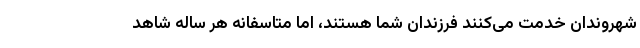
شهروندان خدمت می‌کنند فرزندان شما هستند، اما متاسفانه هر ساله شاهد